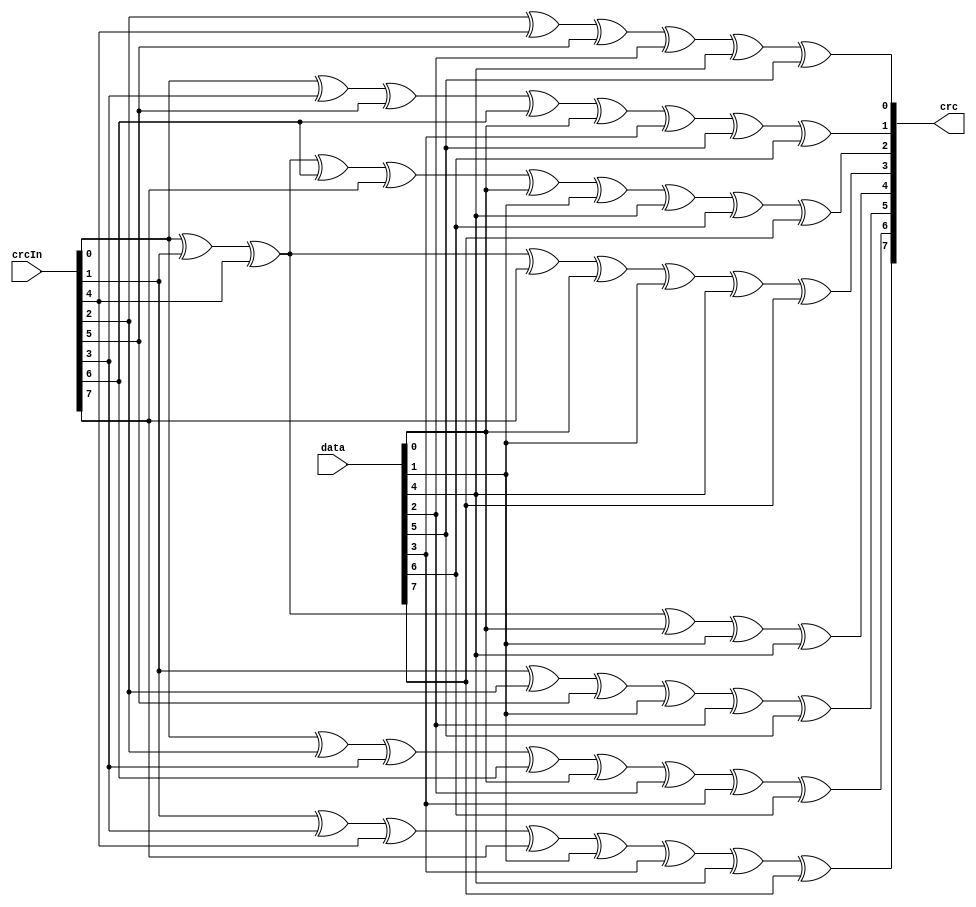
module CRC8_IBUTTON(input [7:0] data,
                   input [7:0] crcIn,
                   output reg [7:0] crc);
                   
  always @ (data, crcIn) begin
    crc[0] = crcIn[2] ^ crcIn[4] ^ crcIn[5] ^ data[2] ^ data[4] ^ data[5];
    crc[1] = crcIn[0] ^ crcIn[3] ^ crcIn[5] ^ crcIn[6] ^ data[0] ^ data[3] ^ data[5] ^ data[6];
    crc[2] = crcIn[0] ^ crcIn[1] ^ crcIn[4] ^ crcIn[6] ^ crcIn[7] ^ data[0] ^ data[1] ^ data[4] ^ data[6] ^ data[7];
    crc[3] = crcIn[0] ^ crcIn[1] ^ crcIn[4] ^ crcIn[7] ^ data[0] ^ data[1] ^ data[4] ^ data[7];
    crc[4] = crcIn[0] ^ crcIn[1] ^ crcIn[4] ^ data[0] ^ data[1] ^ data[4];
    crc[5] = crcIn[1] ^ crcIn[2] ^ crcIn[5] ^ data[1] ^ data[2] ^ data[5];
    crc[6] = crcIn[0] ^ crcIn[2] ^ crcIn[3] ^ crcIn[6] ^ data[0] ^ data[2] ^ data[3] ^ data[6];
    crc[7] = crcIn[1] ^ crcIn[3] ^ crcIn[4] ^ crcIn[7] ^ data[1] ^ data[3] ^ data[4] ^ data[7];
  end

endmodule